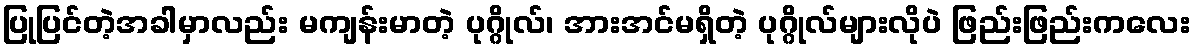
ပြုပြင်တဲ့အခါမှာလည်း မကျန်းမာတဲ့ ပုဂ္ဂိုလ်၊ အားအင်မရှိတဲ့ ပုဂ္ဂိုလ်များလိုပဲ ဖြည်းဖြည်းကလေး